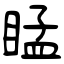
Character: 䁅